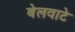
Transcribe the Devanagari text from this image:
बेलवाटे